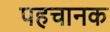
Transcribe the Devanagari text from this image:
पहचानक